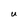
Character: U